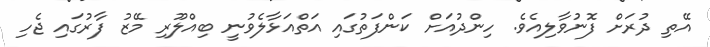
އޭތި ދުރަށް ފޮނުވާލިއެވެ. ހިންދުއަށް ކަންފަތުގައި އަތްއަޅާލެވުނީ ބިއްލޫރި މޭޒު ފާރުގައި ޖެހި